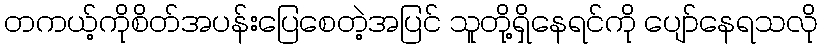
တကယ့်ကိုစိတ်အပန်းပြေစေတဲ့အပြင် သူတို့ရှိနေရင်ကို ပျော်နေရသလို